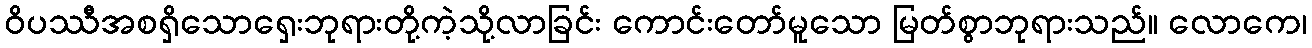
ဝိပဿီအစရှိသောရှေးဘုရားတို့ကဲ့သို့လာခြင်း ကောင်းတော်မူသော မြတ်စွာဘုရားသည်။ လောကေ၊